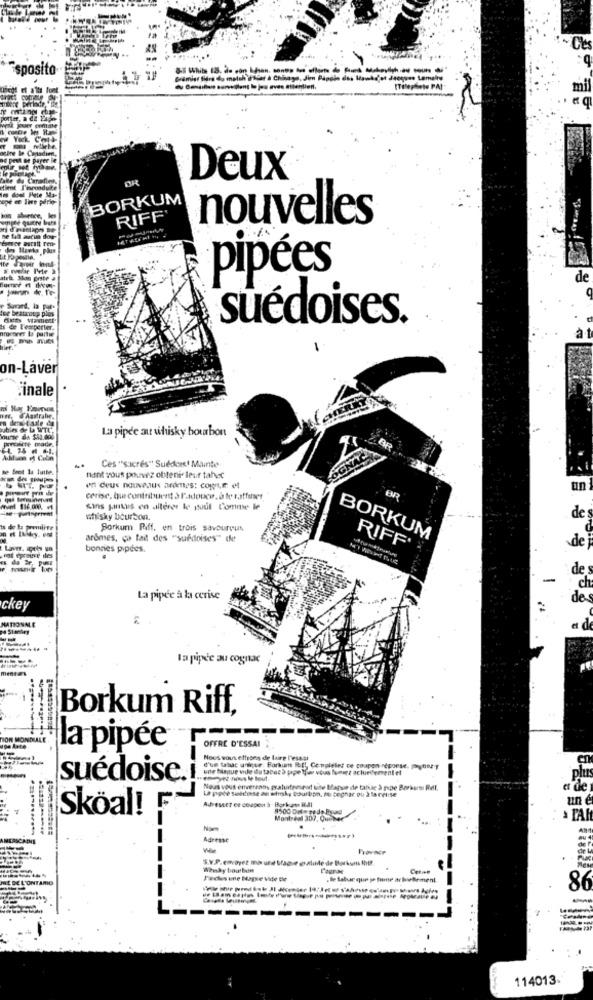
~ Cles
: 9
Esposito
[Telephoto PAI
mil
York. Co
Capasdim.
e parer le
OR
Deux
BORKUM
RIFF
nouvelles
as Hleeks phis
atriz Mon poste
pipées
de
lee beaucoup plus
Suvard, la
suédoises.
s de Leerperter.
on-Laver
inale
H, J'Australie.
ubles de L WTL
La pipee au whisky bourbon
nurse da $83.000
portalete made.
Ces "sucrés" Suédois! Mainte
nant vous pouvez obtenir leur tahec
un
cerise, que contribuent à ladouce, à le raffanet
BR
sins pintus en altérer le goût Comme le
whisky bourbon.
de
Borkum Riff. en trois savoureux
arômes, ça fait des "suédoises" de
BORKUM
bonnes pipees.
RIFF'
de
des
-
ch
La pipee à la cerise
de
ckey
NATIONAL
. Stanley
a de
la pipée au cognac
Borkum Riff,
TON MOND
uge late
la pipée
OFFRE D'ESSAI
Nous vous offrons de faire l'elast
d'un tabac unique: Borkum REI, Cetiplelef ce coupon réponse. PeçoNET
tue vie du tabac 5 ppe Yfor vous fundet actuellement et
suédoise.i
Nous vous enversans paturfeesrodt ute Mapur de tatue à ppe Borksim Ret.
La ppee setdose de whisky bourbon, fu boghar ou à la relse
a de
Adresse? ce coagen 5- Borkats ILMI
un e
Skoal! F
Adresse
S.V.P. envoyez ma une Magie ghalinde de Borkum thir.
Whay bourbon
Cotwee
CONTAMIO
Pieces une Bage vide De
.le Sabe que >> fume achuBement
86
114013.